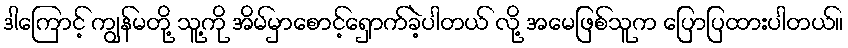
ဒါကြောင့် ကျွန်မတို့ သူ့ကို အိမ်မှာစောင့်ရှောက်ခဲ့ပါတယ် လို့ အမေဖြစ်သူက ပြောပြထားပါတယ်။